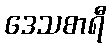
ဒေသစာရီ